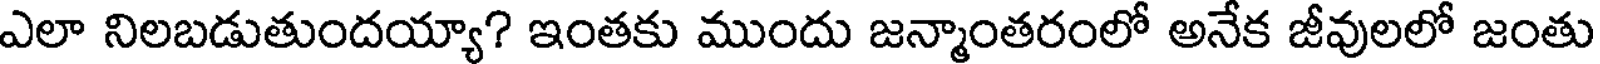
ఎలా నిలబడుతుందయ్యా? ఇంతకు ముందు జన్మాంతరంలో అనేక జీవులలో జంతు